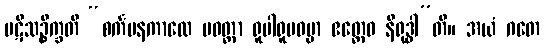
ပဋိသဉ္စိက္ခတိ “စင်္ကမနကာလေ ပဝတ္တာ ရူပါရူပဓမ္မာ ဧတ္ထေဝ နိရုဒ္ဓါ”တိ။ အယံ ဂတေ